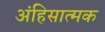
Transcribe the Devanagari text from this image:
अंहिसात्मक